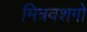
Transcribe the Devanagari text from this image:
मित्रवशगो